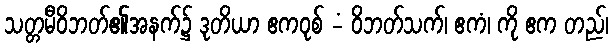
သတ္တမီဝိဘတ်၏အနက်၌ ဒုတိယာ ဧကဝုစ် -ံ ဝိဘတ်သက်၊ ဧကံ၊ ကို ဧက တည်၊